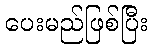
ပေးမည်ဖြစ်ပြီး